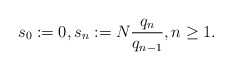
\begin{align*}s_0:=0,s_n := N \frac{q_n}{q_{n-1}}, n \geq 1. \end{align*}